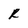
Character: R